Leningradi_Edasi_toimetus, lk 196
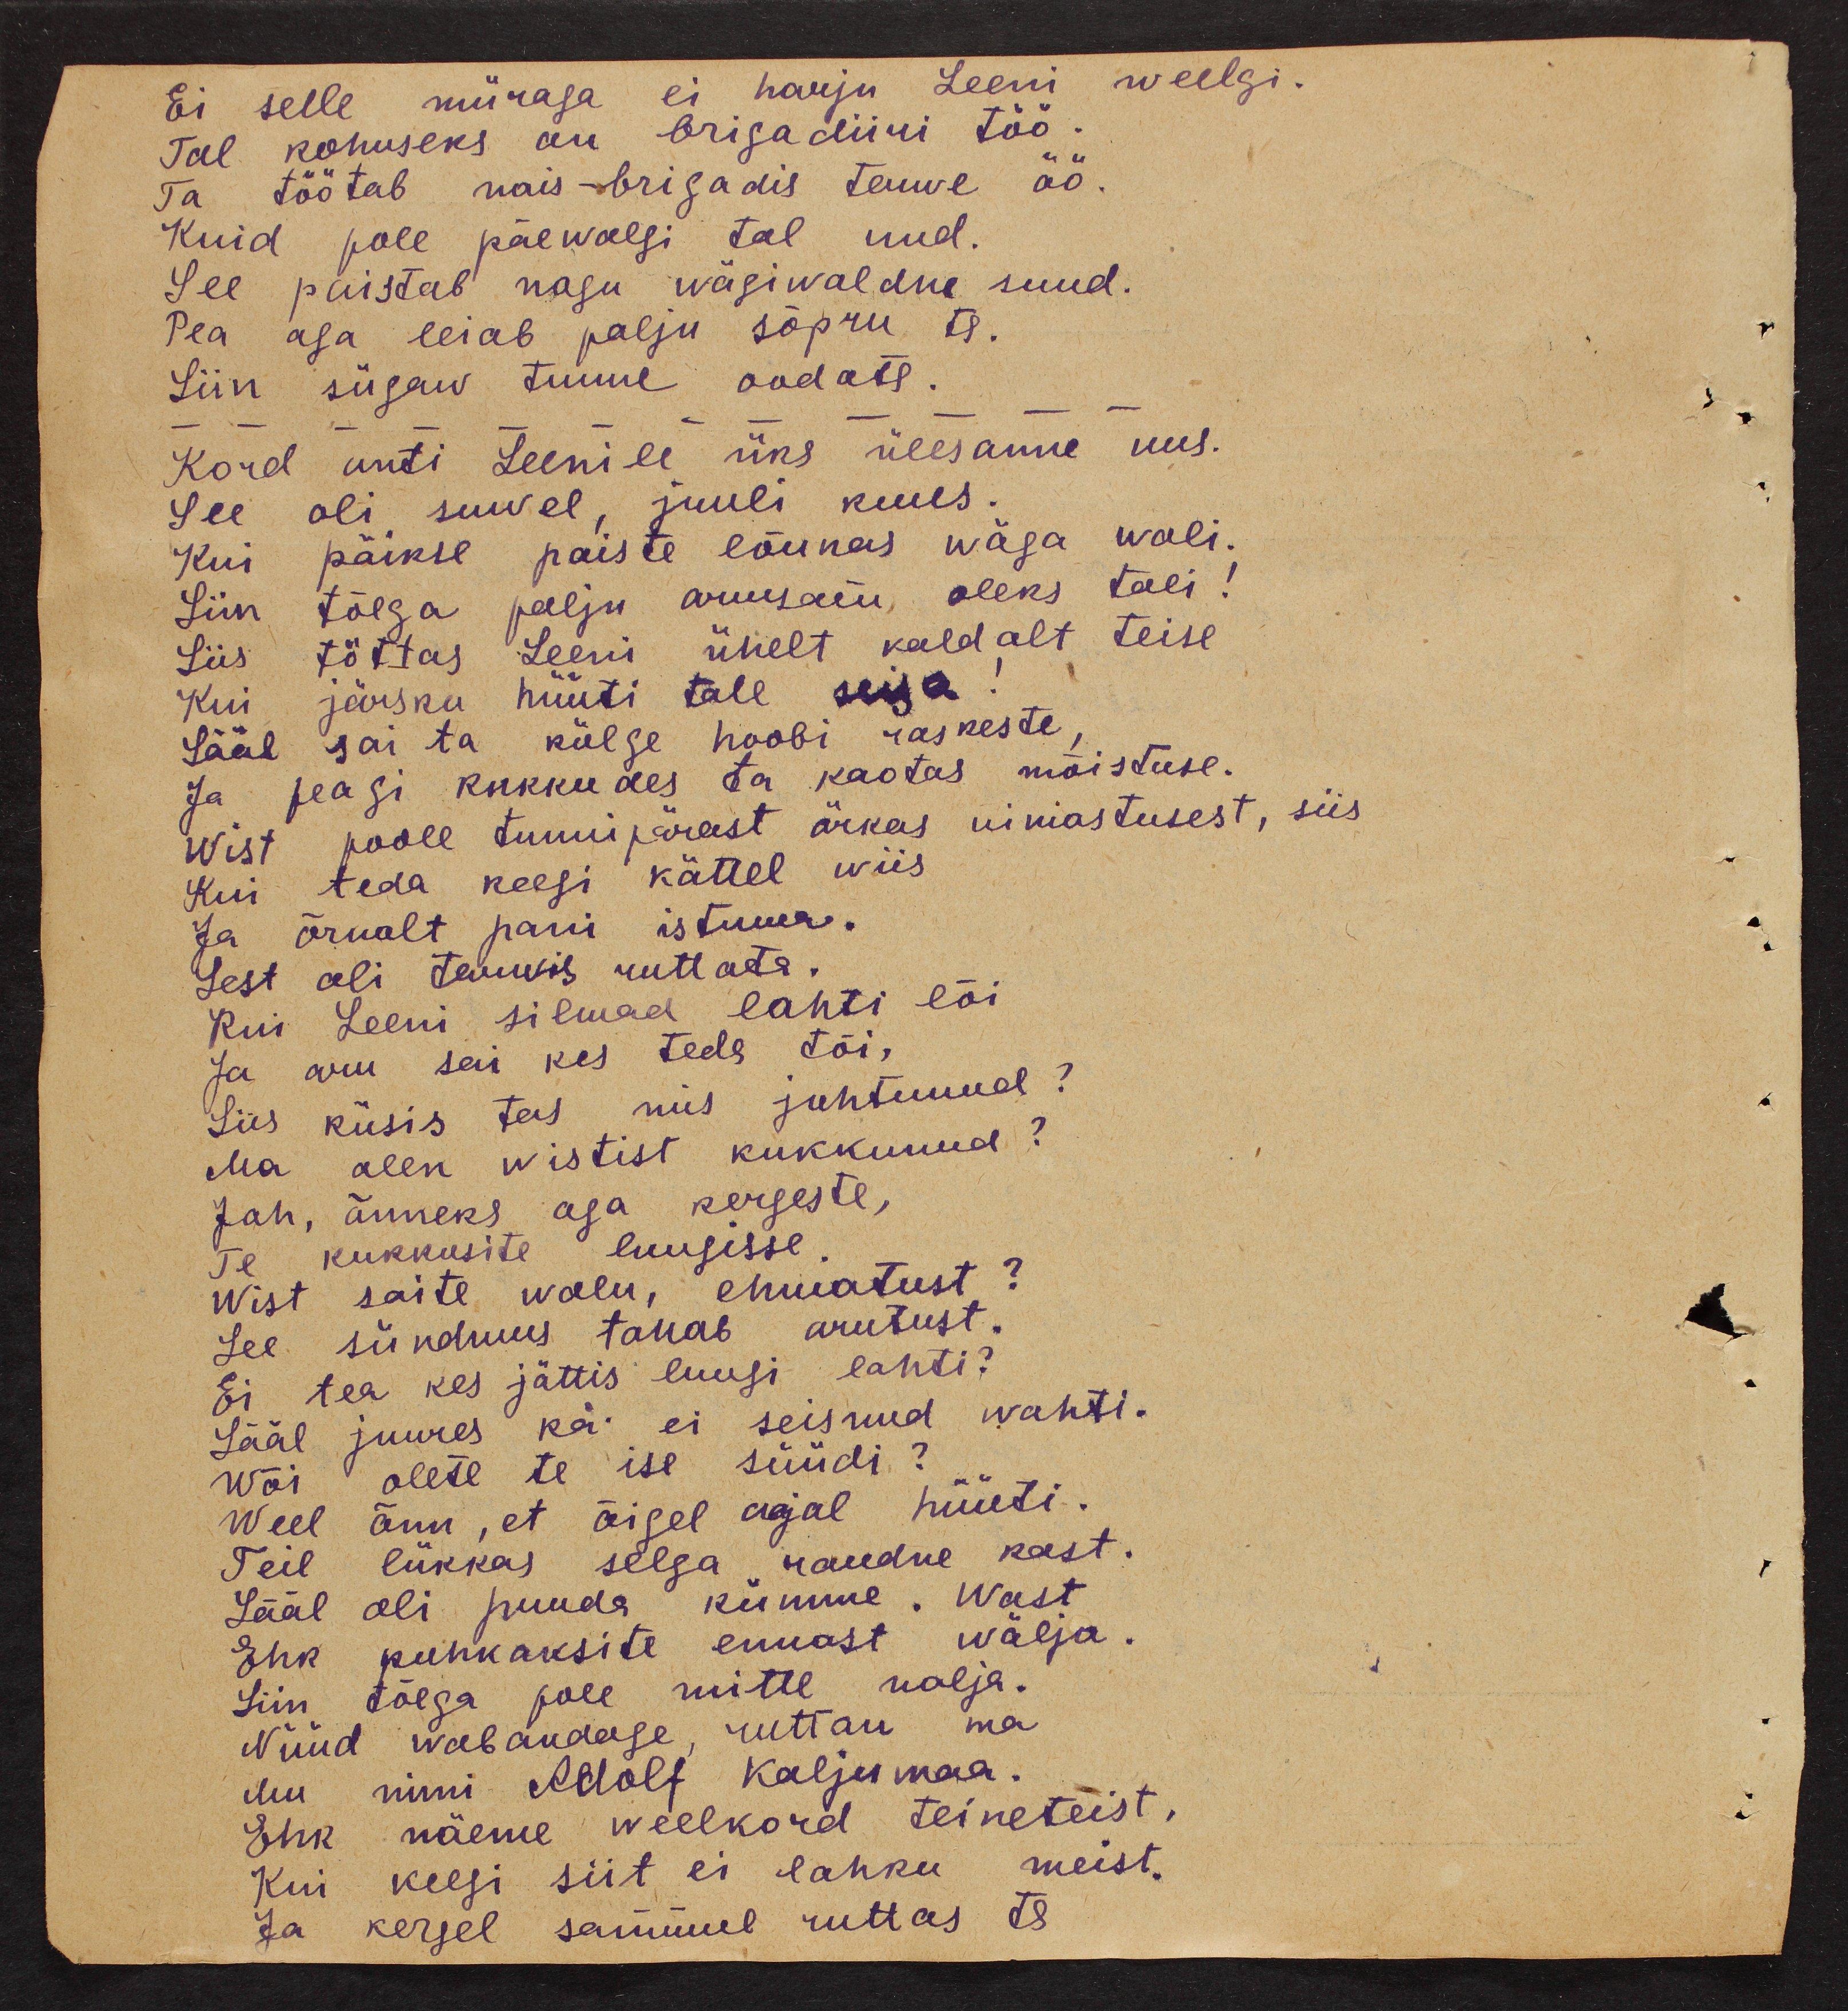
Ei selle müraga ei harju Leeni weelgi.
Tal kohuseks on brigadiiri töö.
Ta töötab nais-brigadis terwe öö.
Kuid pole päewalgi tal und.
See paistab nagu wägiwaldne suud.
Pea aga leiab palju sõpru ta.
Siin sügav tunne oodates.
Kord anti Leenile üks ülesanne uus.
See oli suwel, juuli kuus.
Kui päikse paiste lõunas wäga wali.
Siin tõega palju armsam oleks tali:
Siis tõttas Leeni ühelt kaldalt teise
Kui järsku hüüti tale seisa
Sääl sai ta külge hoobi raskeste,
Ja peagi kukkudes ta kaotas mõistuse.
Wist poole tunni pärast ärkas uimastusest, siis
Kui teda keegi kättel wiis
Ja õrnalt pani istuma.
Sest oli tarwis ruttata.
Kui Leeni silmad lahti lõi
Ja aru sai kes teda tõi,
Siis küsis tas mis juhtunud?
Ma olen wistist kukkunud?
Jah, õnneks aga kergeste,
Te kukkusite luugisse
Wist saite walu, ehmatust?
See sündmus tahab arutust.
Ei tea kes jättis luugi lahti?
Sääl juures käi ei seisnud wahti.
Wõi olete te ise süüdi?
Weel õnn, et õigel ajal hüüti.
Teil lükkas selga raudne kast.
Sääl oli puuda kümme. Wast
Ehk puhkaksite ennast wälja.
Siin tõega pole mitte nalja.
Nüüd wabandage, ruttan ma
Mu nimi Adolf Kaljumaa.
Ehk näeme weelkord teineteist.
Kui keegi siit ei lahku meist.
Ja kergel sammul ruttas ta